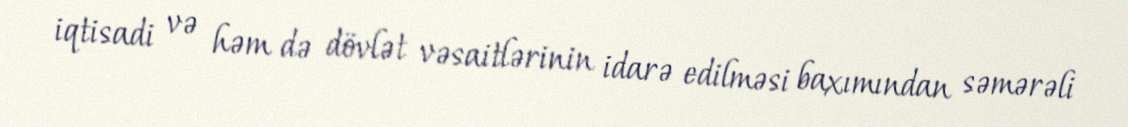
iqtisadi və həm də dövlət vəsaitlərinin idarə edilməsi baxımından səmərəli